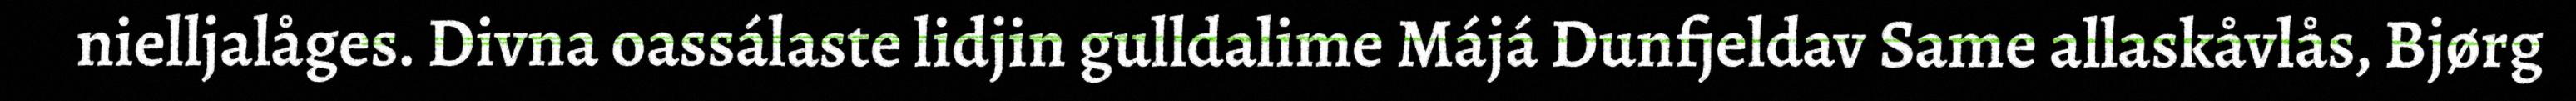
nielljalåges. Divna oassálaste lidjin gulldalime Májá Dunfjeldav Same allaskåvlås, Bjørg